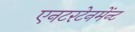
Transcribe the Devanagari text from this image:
एनटरटेनमेंन्ट